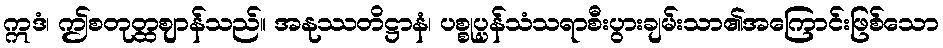
ဣဒံ၊ ဤစတုတ္ထဈာန်သည်။ အနုဿတိဋ္ဌာနံ၊ ပစ္စုပ္ပန်သံသရာစီးပွားချမ်းသာ၏အကြောင်းဖြစ်သော